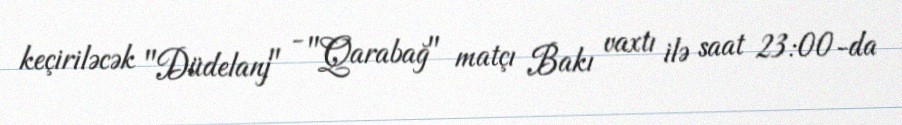
keçiriləcək "Düdelanj" - "Qarabağ" matçı Bakı vaxtı ilə saat 23:00-da